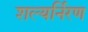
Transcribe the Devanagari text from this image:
शल्यर्निरण